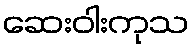
ဆေးဝါးကုသ